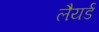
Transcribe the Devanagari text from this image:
लैयर्ड